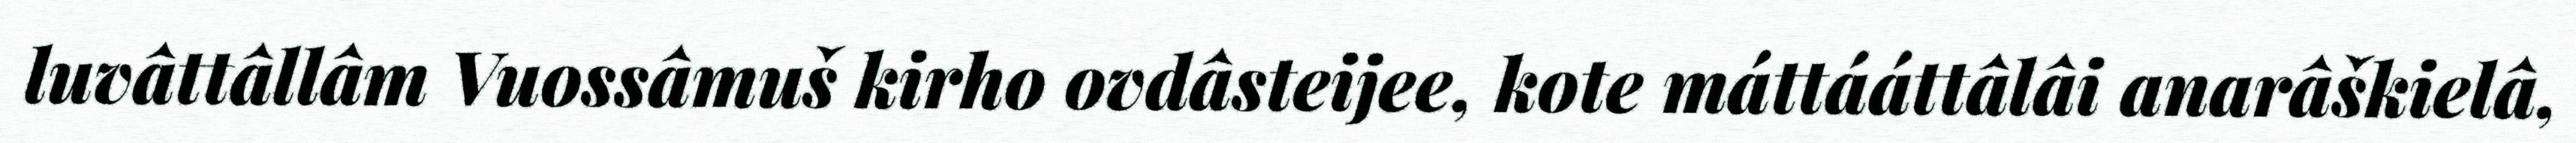
luvâttâllâm Vuossâmuš kirho ovdâsteijee, kote máttááttâlâi anarâškielâ,